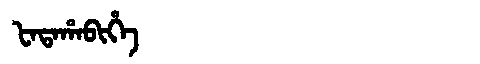
Manchu: ᡶᠠᡨᠠᡥᠠᠪᡳᡥᡝ
Romanization: FATAHABIHE